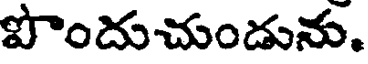
పొందుచుండును.